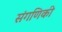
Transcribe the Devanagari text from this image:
संगणिकी